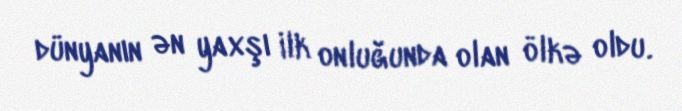
dünyanın ən yaxşı ilk onluğunda olan ölkə oldu.